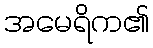
အမေရိက၏